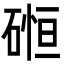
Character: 𮀲